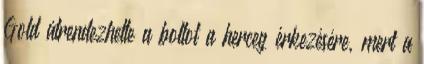
Gold átrendezhette a boltot a herceg érkezésére, mert a